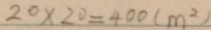
2 0 \times 2 0 = 4 0 0 ( m ^ { 2 } )